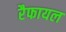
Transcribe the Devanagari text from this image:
रैफायल